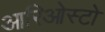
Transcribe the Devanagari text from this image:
आरिओस्टो